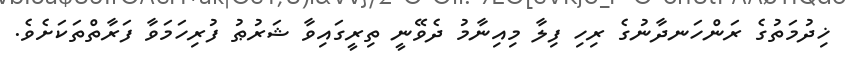
ޚިދުމަތުގެ ރަންހަނދާނުގެ ރިހި ފިލާ މިއިނާމު ދެވޭނީ ތިރީގައިވާ ޝަރުޠު ފުރިހަމަވާ ފަރާތްތަކަށެވެ.